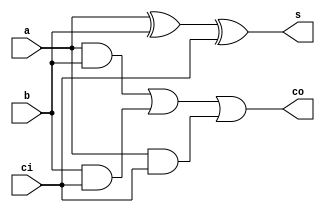
`timescale 1ns / 1ps
//////////////////////////////////////////////////////////////////////////////////
// Company: 
// Engineer: 
// 
// Design Name: 
// Module Name:    adder_1bit 
// Project Name: 
// Target Devices: 
// Tool versions: 
// Description: 
//
// Dependencies: 
//
// Revision: 
// Revision 0.01 - File Created
// Additional Comments: 
//
//////////////////////////////////////////////////////////////////////////////////
module adder_1bit(
	input wire a, b, ci,
	output wire s, co
	) ;
	and m0(c1, a, b) ;
	and m1(c2, b, ci) ;
	and m2(c3, a, ci) ;
	xor m3(s1, a, b) ;
	xor m4(s, s1, ci) ;
	or m5(co, c1, c2, c3) ;

endmodule